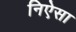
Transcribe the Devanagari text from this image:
निऐसा